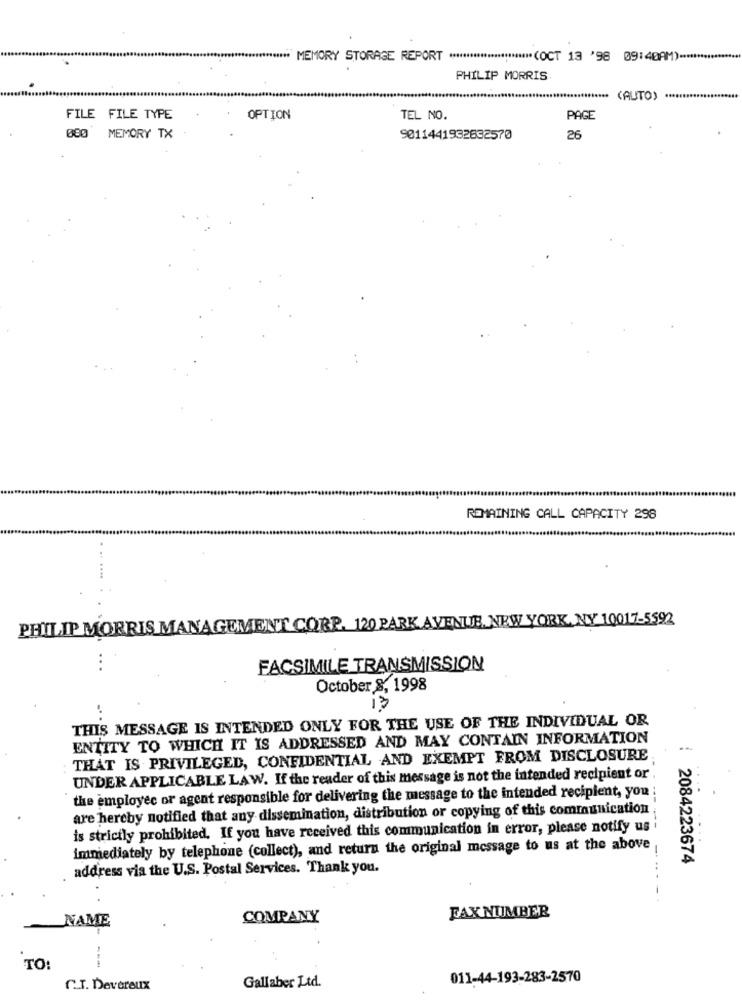
******* MEMORY STORAGE REPORT ************************ (OCT 13 '98 09:48AM) .*****************
PHILIP MORRIS
(AUTO)
FILE FILE TYPE
OPTION
TEL NO.
PAGE
MEMORY TX
9011441932832570
26
REMAINING CALL CAPACITY 298
PHILIP MORRIS MANAGEMENT CORP. 120 PARK AVENUE NEW YORK, NY 10017-5592
FACSIMILE TRANSMISSION
October 8, 1998
13
THIS MESSAGE IS INTENDED ONLY FOR THE USE OF THE INDIVIDUAL OR
ENTITY TO WHICH IT IS ADDRESSED AND MAY CONTAIN INFORMATION
THAT IS PRIVILEGED, CONFIDENTIAL AND EXEMPT FROM DISCLOSURE
UNDER APPLICABLE LAW. If the reader of this message is not the intended recipient or
the employee or agent responsible for delivering the message to the intended recipient, you :
are hereby notified that any dissemination, distribution or copying of this communication
is strictly prohibited. If you have received this communication in error, please notify us i
immediately by telephone (collect), and return the original message to us at the above
367
2084223674
address via the U.S. Postal Services. Thank you.
FAX NUMBER
COMPANY
NAME
TO:
011-44-193-283-2570
C.T. Devereux
Gallaber Ltd.